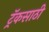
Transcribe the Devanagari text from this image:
ट्रॅकसाठी